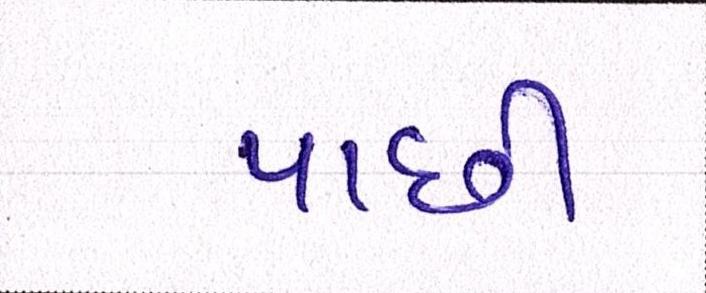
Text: પાછી